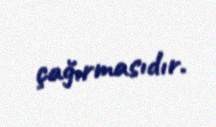
çağırmasıdır.